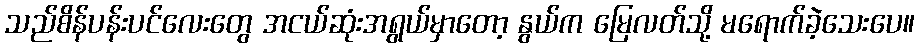
သည်စိန်ပန်းပင်လေးတွေ အငယ်ဆုံးအရွယ်မှာတော့ နွယ်က မြေလတ်သို့ မရောက်ခဲ့သေးပေ။